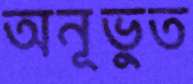
অনূভুত